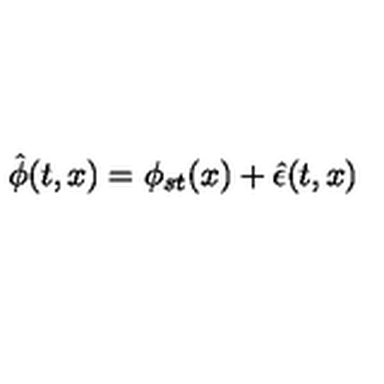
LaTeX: \hat { \phi } ( t , x ) = \phi _ { s t } ( x ) + \hat { \epsilon } ( t , x )